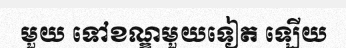
មួយ ទៅខណ្ឌមួយទៀត ឡើយ